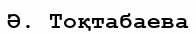
Ә. Тоқтабаева